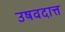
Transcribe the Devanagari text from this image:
उषवदात्त